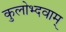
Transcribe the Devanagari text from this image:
कुलोभ्दवाम्